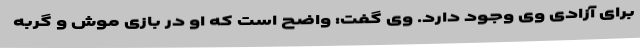
برای آزادی وی وجود دارد. وی گفت: واضح است که او در بازی موش و گربه